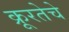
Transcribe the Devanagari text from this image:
क्रूरतेचे